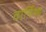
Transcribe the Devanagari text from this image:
वार्निश्ड